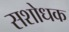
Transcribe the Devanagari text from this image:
सशोधक